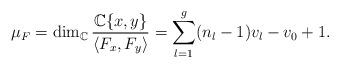
LaTeX: \begin{align*}\mu_F=\dim_{\mathbb{C}}\frac{\mathbb{C}\{x,y\}}{\langle F_x, F_y\rangle}=\sum_{l=1}^{g}(n_l-1)v_l-v_0+1.\end{align*}